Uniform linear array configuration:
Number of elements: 4
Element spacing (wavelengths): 0.25
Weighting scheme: cosine
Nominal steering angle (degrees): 15
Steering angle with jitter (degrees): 16.11
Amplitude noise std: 0.05
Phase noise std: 0.05

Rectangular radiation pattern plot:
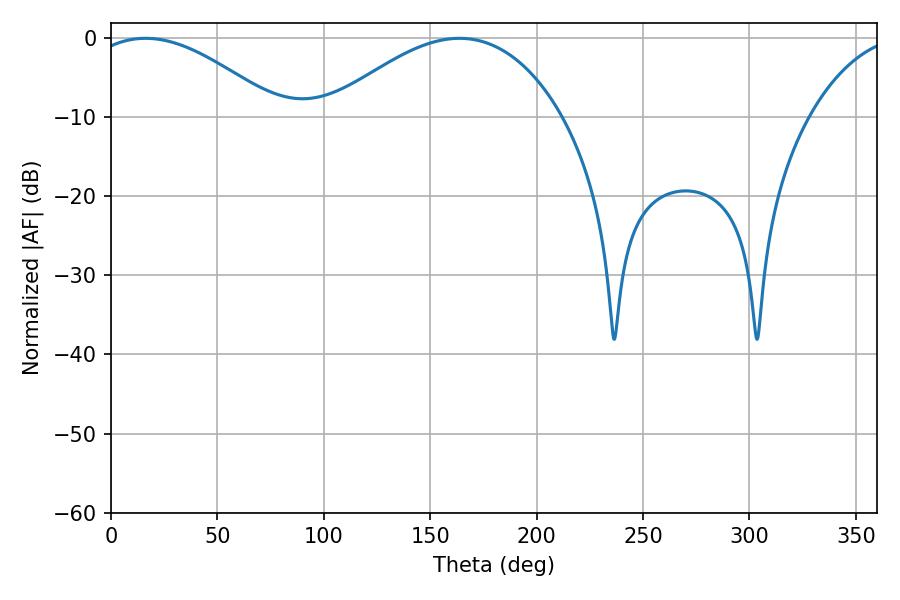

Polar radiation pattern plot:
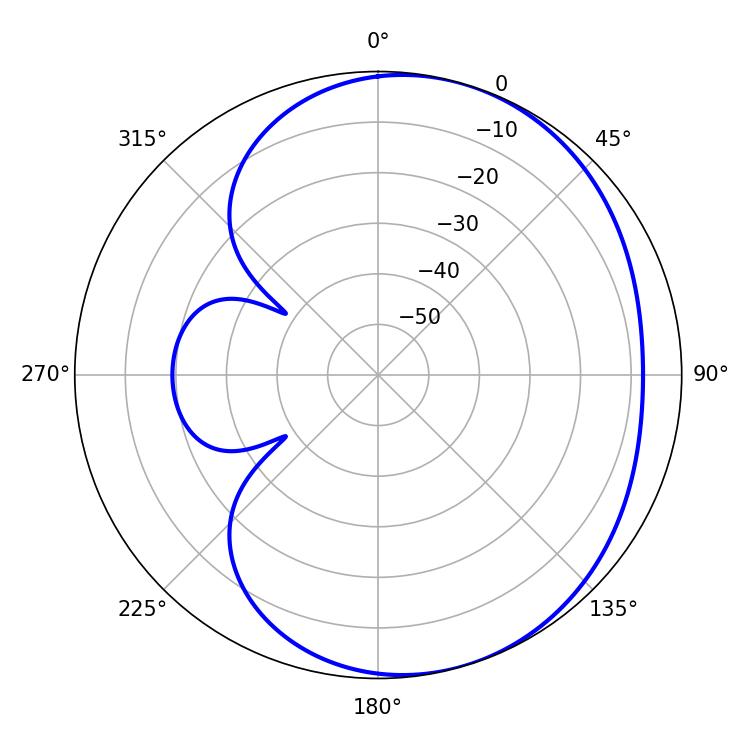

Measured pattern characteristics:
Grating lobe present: FALSE
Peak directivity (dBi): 4.072
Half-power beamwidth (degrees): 49.32
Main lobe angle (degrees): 16.2